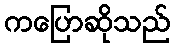
ကပြောဆိုသည်